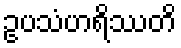
ဥပသံဟရိဿတိ